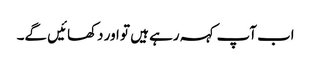
اب آپ کہہ رہے ہیں تو اور دکھائیں گے۔